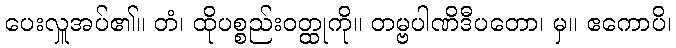
ပေးလှူအပ်၏။ တံ၊ ထိုပစ္စည်းဝတ္ထုကို။ တမ္ဗပါဏိဒီပတော၊ မှ။ ဧကောပိ၊